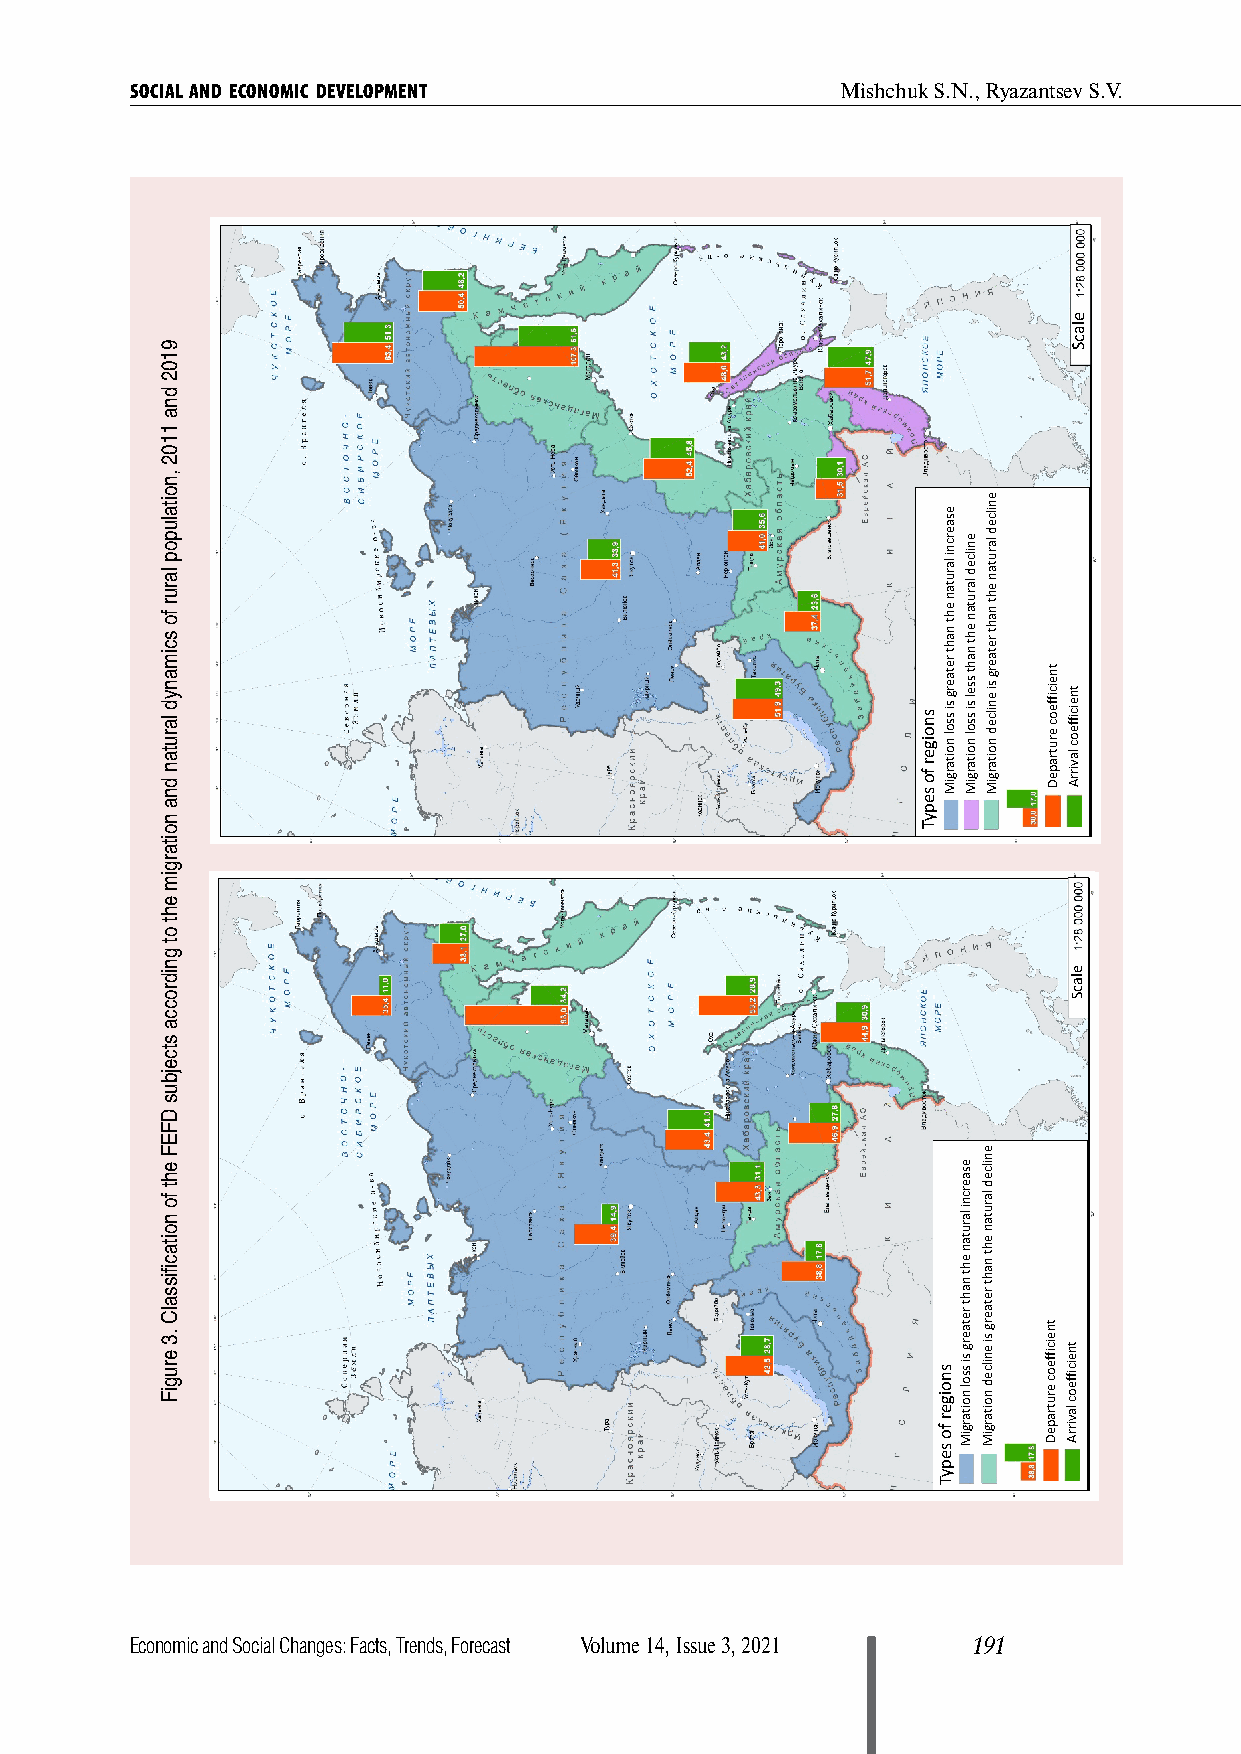
SOCIAL AND ECONOMIC DEVELOPMENT                Mishchuk S.N., Ryazantsev S.V.
 Economic and Social Changes: Facts, Trends, Forecast Volume 14, Issue 3, 2021 191
 9102
 dna
 1102
 ,noitalupop
 larur
 fo
 scimanyd
 larutan
 dna
 noitargim
 eht
 ot
 gnidrocca
 stcejbus
 DFEF
 eht
 fo
 noitacifissalC
 .3
 erugiF
 snoiger
 fo
 sepyT
 esaercni
 larutan
 eht
 naht
 retaerg
 si
 ssol
 noitargiM
 snoiger
 fo
 sepyT
 enilced
 larutan
 eht
 naht
 ssel
 si
 ssol
 noitargiM
 esaercni
 larutan
 eht
 naht
 retaerg
 si
 ssol
 noitargiM
 enilced
 larutan
 eht
 naht
 retaerg
 si
 enilced
 noitargiM
 enilced
 larutan
 eht
 naht
 retaerg
 si
 enilced
 noitargiM
 tneiciffeoc
 erutrapeD
 tneiciffeoc
 erutrapeD
 elacS
 tneiciffeoc
 lavirrA
 elacS
 tneiciffeoc
 lavirrA